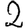
Digit: 2